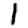
Digit: 1